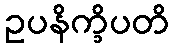
ဥပနိက္ခိပတိ